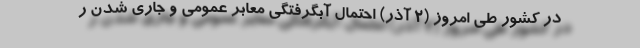
در کشور طی امروز (۲ آذر) احتمال آبگرفتگی معابر عمومی و جاری شدن ر